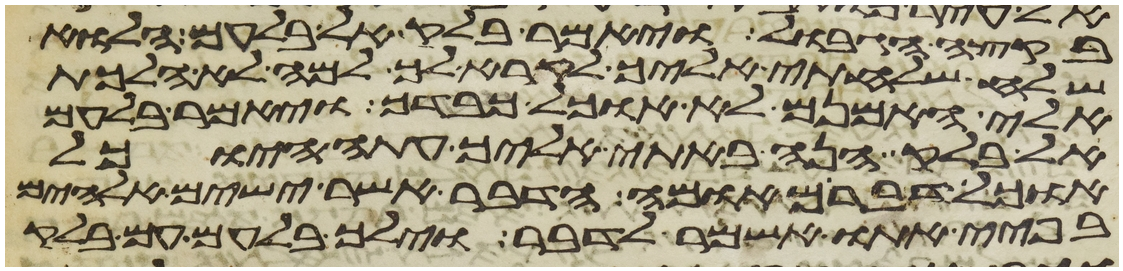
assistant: בקצה הגבול ויאמר בלק אל בלעם הלוא
שלח שלחתי אליך לקרא לך למה לא הלכת
אלי האמנם לא אוכל כבדך ויאמר בלעם
אל בלק הנה באתי אליך עתה היוכל
אוכל דבר מאומה הדבר אשר ישים אלהים
בפיי אתו אשמר לדבר וילך בלעם עם בלק